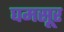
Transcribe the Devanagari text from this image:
घमसूर